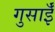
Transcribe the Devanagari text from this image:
गुसाईँ